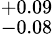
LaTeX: ^{+0.09}_{-0.08}